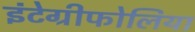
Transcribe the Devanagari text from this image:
इंटेग्रीफोलिया